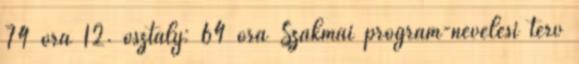
74 óra 12. osztály: 64 óra Szakmai program-nevelési terv